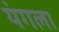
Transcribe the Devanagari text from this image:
यंगला